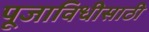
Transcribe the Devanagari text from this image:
पूजाविधीसाठी